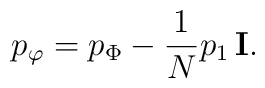
p_\varphi=p_\Phi-{1\over N}p_1\,{\bf I}.